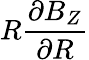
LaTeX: R\frac{\partial B_{Z}}{\partial R}